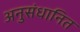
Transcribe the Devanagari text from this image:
अनुसंधानित